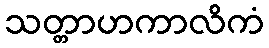
သတ္တာဟကာလိကံ